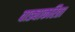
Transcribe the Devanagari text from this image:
वाड्याकरिता